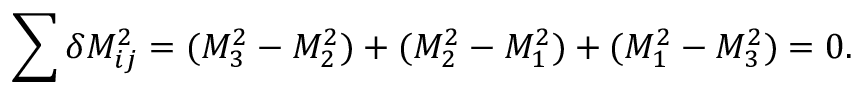
\sum \delta M _ { i j } ^ { 2 } = ( M _ { 3 } ^ { 2 } - M _ { 2 } ^ { 2 } ) + ( M _ { 2 } ^ { 2 } - M _ { 1 } ^ { 2 } ) + ( M _ { 1 } ^ { 2 } - M _ { 3 } ^ { 2 } ) = 0 .